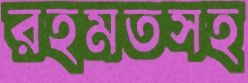
রহমতসহ